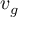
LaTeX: { \boldsymbol { v } } _ { g }